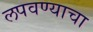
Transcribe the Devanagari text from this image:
लपवण्याचा